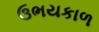
ઉભયકાળ